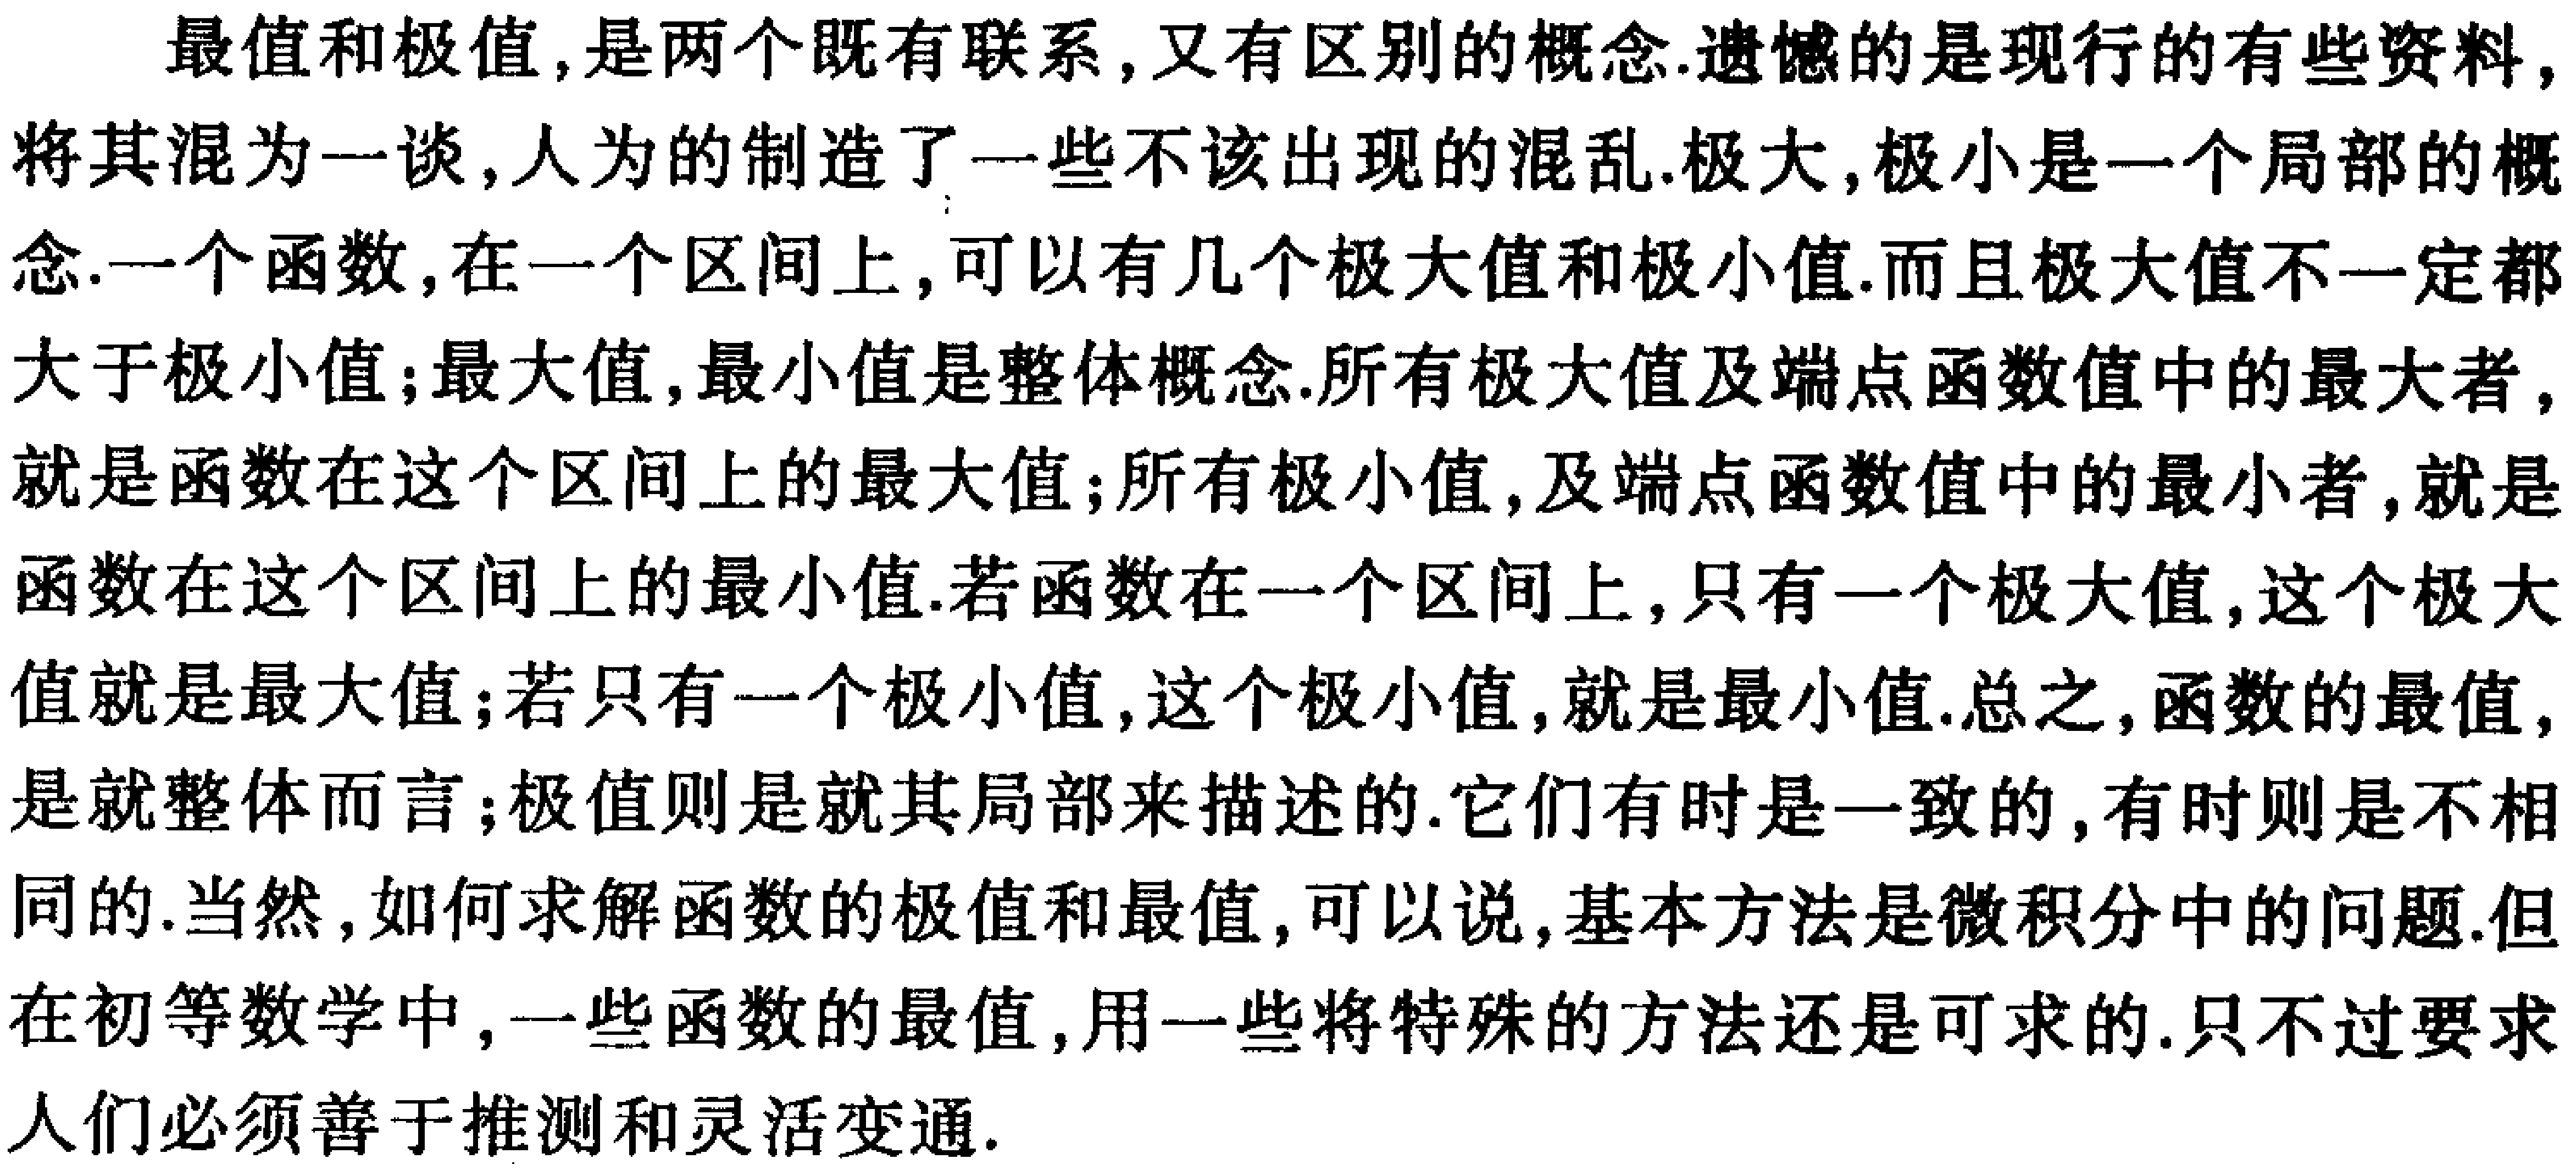
最值和极值,是两个既有联系,又有区别的概念.遗憾的是现行的有些资料,将其混为一谈,人为的制造了一些不该出现的混乱.极大,极小是一个局部的概念.一个函数,在一个区间上,可以有几个极大值和极小值.而且极大值不一定都大于极小值;最大值,最小值是整体概念.所有极大值及端点函数值中的最大者,就是函数在这个区间上的最大值;所有极小值,及端点函数值中的最小者,就是函数在这个区间上的最小值.若函数在一个区间上,只有一个极大值,这个极大值就是最大值;若只有一个极小值,这个极小值,就是最小值.总之,函数的最值,是就整体而言;极值则是就其局部来描述的.它们有时是一致的,有时则是不相同的.当然,如何求解函数的极值和最值,可以说,基本方法是微积分中的问题.但在初等数学中,一些函数的最值,用一些将特殊的方法还是可求的.只不过要求人们必须善于推测和灵活变通.